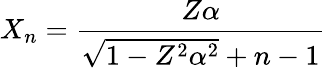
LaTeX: X_{n}=\frac{Z\alpha}{\sqrt{1-Z^{2}\alpha^{2}}+n-1}